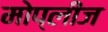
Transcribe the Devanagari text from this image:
मोप्लीज